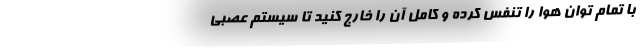
با تمام توان هوا را تنفس کرده و کامل آن را خارج کنید تا سیستم عصبی